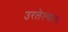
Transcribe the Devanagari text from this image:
उरलेल्यांना